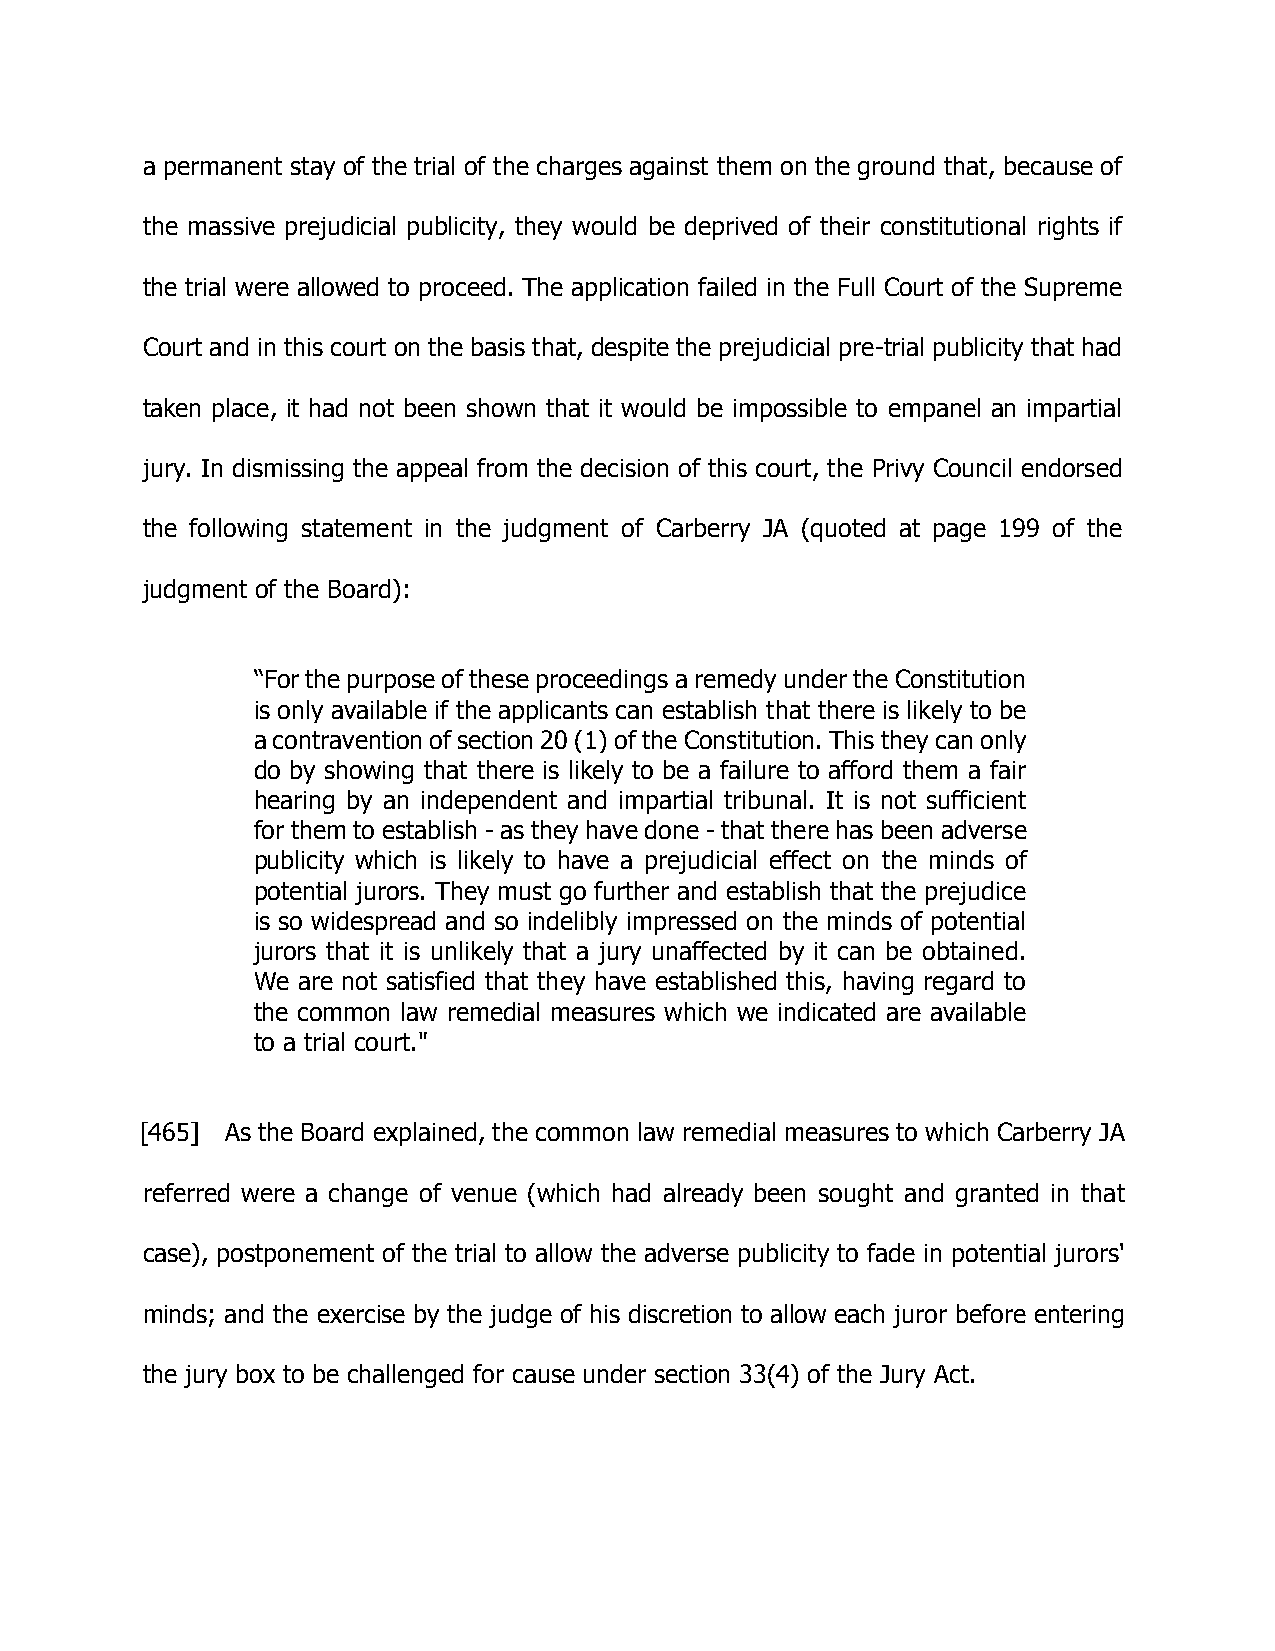
a permanent stay of the trial of the charges against them on the ground that, because of
 the massive prejudicial publicity, they would be deprived of their constitutional rights if
 the trial were allowed to proceed. The application failed in the Full Court of the Supreme
 Court and in this court on the basis that, despite the prejudicial pre-trial publicity that had
 taken place, it had not been shown that it would be impossible to empanel an impartial
 jury. In dismissing the appeal from the decision of this court, the Privy Council endorsed
 the following statement in the judgment of Carberry JA (quoted at page 199 of the
 judgment of the Board):
 “For the purpose of these proceedings a remedy under the Constitution
 is only available if the applicants can establish that there is likely to be
 a contravention of section 20 (1) of the Constitution. This they can only
 do by showing that there is likely to be a failure to afford them a fair
 hearing by an independent and impartial tribunal. It is not sufficient
 for them to establish - as they have done - that there has been adverse
 publicity which is likely to have a prejudicial effect on the minds of
 potential jurors. They must go further and establish that the prejudice
 is so widespread and so indelibly impressed on the minds of potential
 jurors that it is unlikely that a jury unaffected by it can be obtained.
 We are not satisfied that they have established this, having regard to
 the common law remedial measures which we indicated are available
 to a trial court."
 [465] As the Board explained, the common law remedial measures to which Carberry JA
 referred were a change of venue (which had already been sought and granted in that
 case), postponement of the trial to allow the adverse publicity to fade in potential jurors'
 minds; and the exercise by the judge of his discretion to allow each juror before entering
 the jury box to be challenged for cause under section 33(4) of the Jury Act.